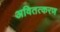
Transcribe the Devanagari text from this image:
अवितत्करण